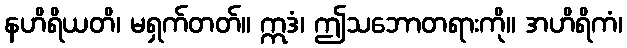
နဟိရိယတိ၊ မရှက်တတ်။ ဣဒံ၊ ဤသဘောတရားကို။ အဟိရိကံ၊